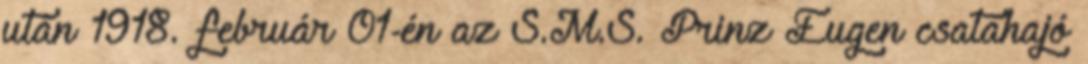
után 1918. február 01-én az S.M.S. Prinz Eugen csatahajó